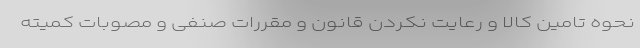
نحوه تامین کالا و رعایت نکردن قانون و مقررات صنفی و مصوبات کمیته